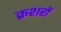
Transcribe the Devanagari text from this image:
क्रशरों